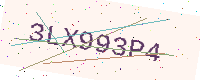
Text: 3LX993P4